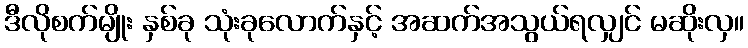
ဒီလိုစက်မျိုး နှစ်ခု သုံးခုလောက်နှင့် အဆက်အသွယ်ရလျှင် မဆိုးလှ။